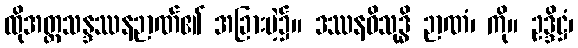
ထိုအတ္ထသန္ဒဿနဉာဏ်၏ အခြားမဲ့၌။ ဒဿနဝိသုဒ္ဓိ ဉာဏံ၊ ကို။ ဥဒ္ဒိဋ္ဌံ၊